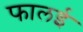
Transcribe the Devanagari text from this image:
फालई